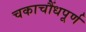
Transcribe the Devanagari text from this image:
चकाचौंधपूर्ण